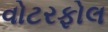
વોટરફોલ